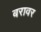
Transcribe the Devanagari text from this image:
बरावर